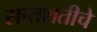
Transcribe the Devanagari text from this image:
सप्तशतीचे